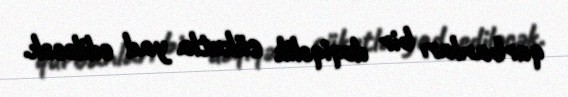
qurbanları bir dəqiqəlik sükutla yad ediləcək.